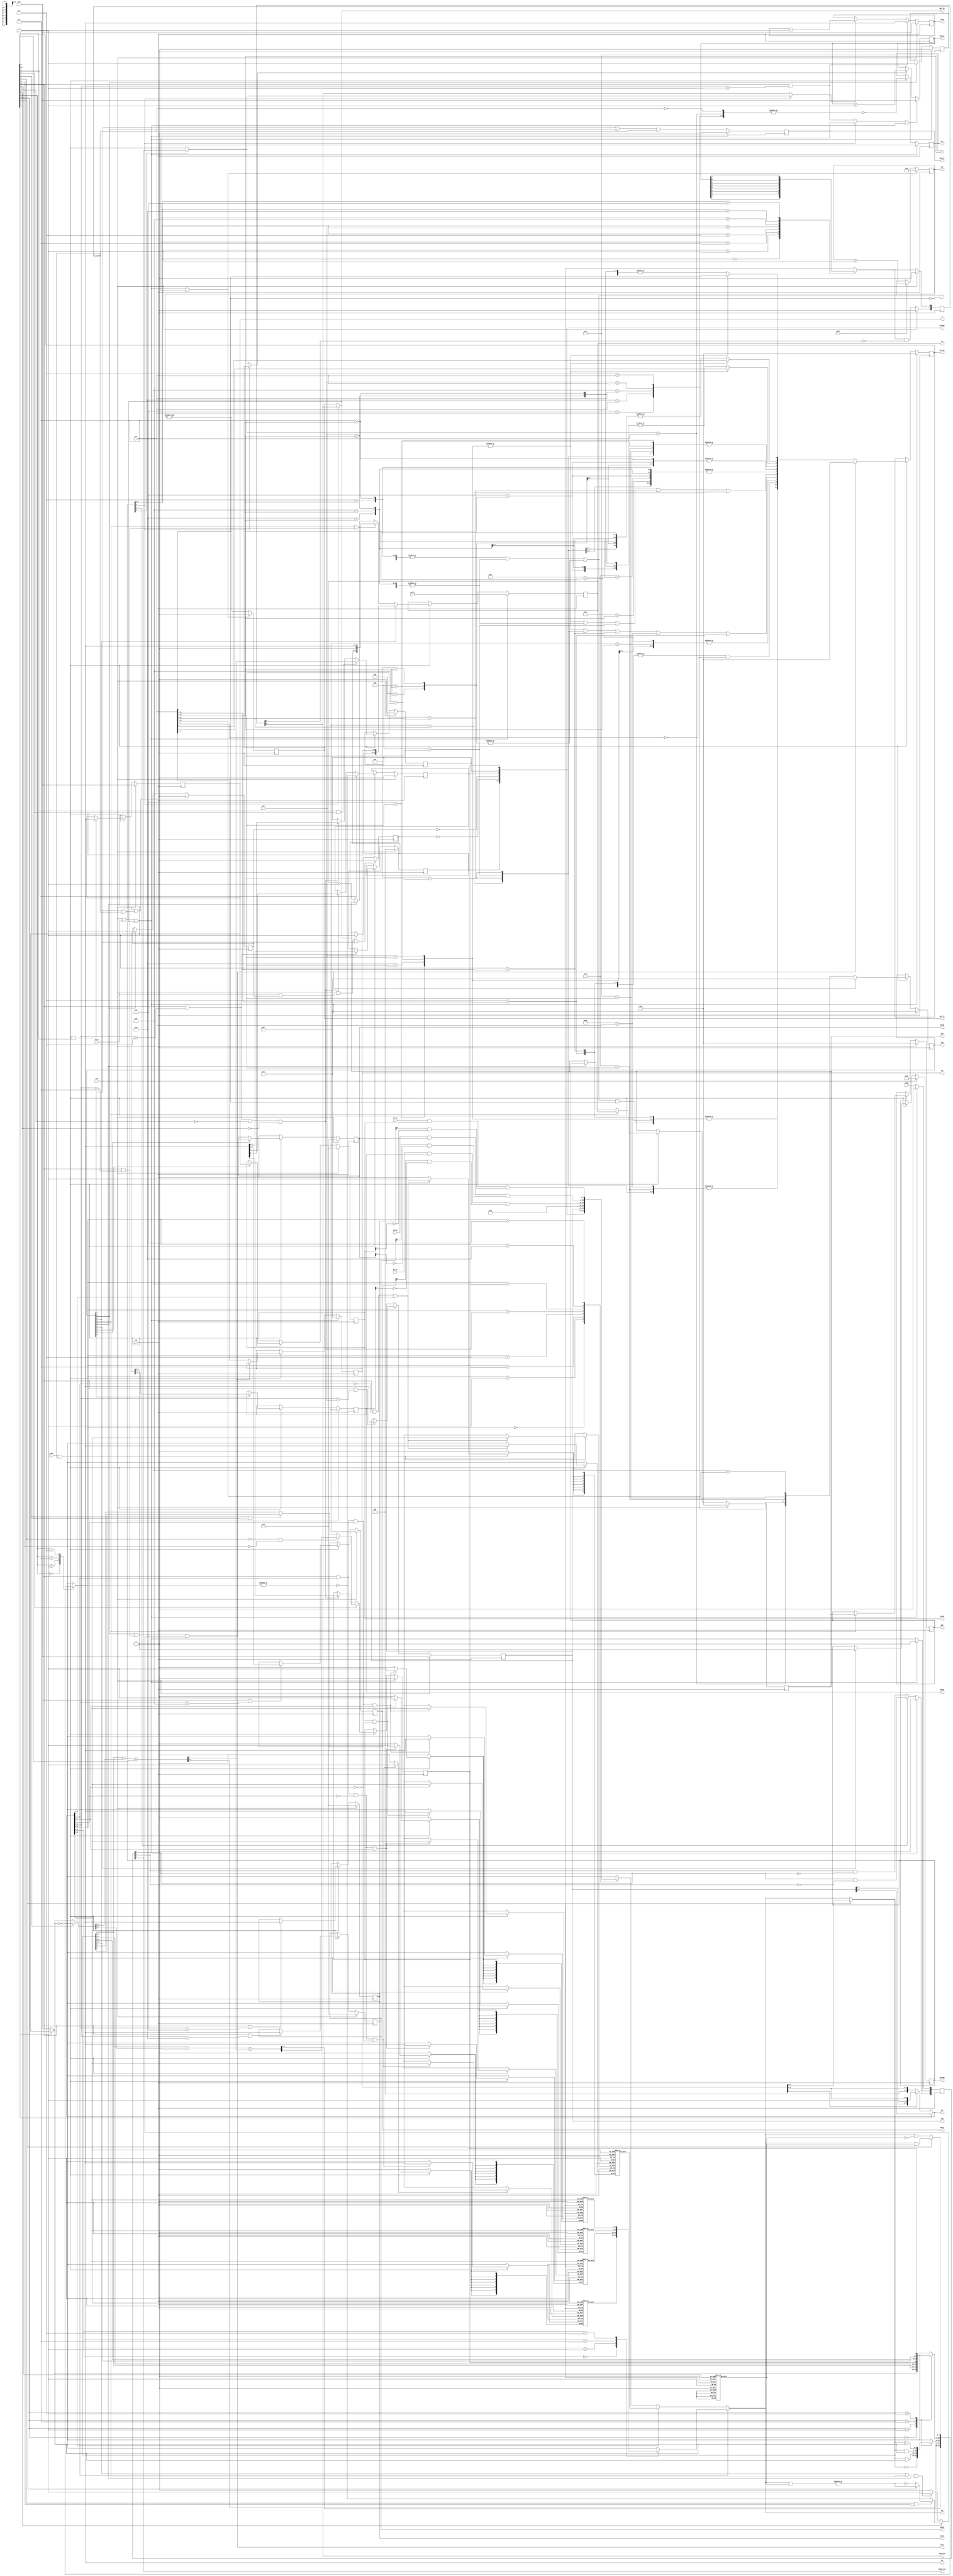
////////////////////////////////////////////////////////////////////////////////
//
//  Copyright 2008-2013 by Michael A. Morris, dba M. A. Morris & Associates
//
//  All rights reserved. The source code contained herein is publicly released
//  under the terms and conditions of the GNU Lesser Public License. No part of
//  this source code may be reproduced or transmitted in any form or by any
//  means, electronic or mechanical, including photocopying, recording, or any
//  information storage and retrieval system in violation of the license under
//  which the source code is released.
//
//  The source code contained herein is free; it may be redistributed and/or
//  modified in accordance with the terms of the GNU Lesser General Public
//  License as published by the Free Software Foundation; either version 2.1 of
//  the GNU Lesser General Public License, or any later version.
//
//  The source code contained herein is freely released WITHOUT ANY WARRANTY;
//  without even the implied warranty of MERCHANTABILITY or FITNESS FOR A
//  PARTICULAR PURPOSE. (Refer to the GNU Lesser General Public License for
//  more details.)
//
//  A copy of the GNU Lesser General Public License should have been received
//  along with the source code contained herein; if not, a copy can be obtained
//  by writing to:
//
//  Free Software Foundation, Inc.
//  51 Franklin Street, Fifth Floor
//  Boston, MA  02110-1301 USA
//
//  Further, no use of this source code is permitted in any form or means
//  without inclusion of this banner prominently in any derived works.
//
//  Michael A. Morris
//  Huntsville, AL
//
////////////////////////////////////////////////////////////////////////////////

`timescale 1ns / 1ps

////////////////////////////////////////////////////////////////////////////////
// Company:         M. A. Morris & Associates
//
// Design Name:     PIC16C5x
// Module Name:     C:/ISEProjects/ISE10.1i/P16C5x/PIC16C5x_Top.v
// Project Name:    PIC16C5x
// Target Devices:  N/A
// Tool versions:   ISEWebPACK 10.1i SP3
//
// Description: Module implements a pipelined PIC16C5x processor. The processor
//              implements all PIC16C5x instructions and the normal peripherals
//
//
// Dependencies:    None
//
// Revision:
//
//  0.00    08A13   MAM     File Created
//
//  0.01    08B14   MAM     Initial Completion. Fully Built
//
//  0.02    08B17   MAM     Moved Skip logic to system level and included the
//                          GOTO, CALL, and RETLW instructions in the skip
//                          logic equations. Inserted change to decoded ALU_Op
//                          that routes the KI register through the ALU with a
//                          NOP configuration so that the PCL writes and CALL
//                          correctly load the PC.
//
//  0.03    08B24   MAM     Modified Input Port List: CE => ClkEn. Modification
//                          made in order to implement the SLEEP instruction.
//                          SLEEP sets the PD bit in STATUS, and stops the
//                          execution of processor. Only an external reset or
//                          a Watchdog Timer Timeout will restart execution of
//                          the processor through the reset vector location.
//
//  0.04    08B27   MAM     Modified the SKIP signal to include the SLEEP in-
//                          struction. Modified the PD and TO FFs to accept
//                          WE_WDTCLR as the reset signal. This moves up the
//                          clearing of the TO and PD FFs by one clock cyle,
//                          which means that the CLRWDT; BTFSx STATUS,{TO | PD}
//                          instruction sequence will execute correctly. Before
//                          this change, that instruction sequence would not
//                          detect the change in either of these two FFs be-
//                          cause the synchronous reset action was not being
//                          effected before the test during the execution phase
//                          of the BTFSx instruction.
//
//  0.05    08B28   MAM     Added multiplexer to STATUS bits, Z, DC, and C, so
//                          file register write instructions that don't modify
//                          these bits (Table 10-2: Instruction Set Summary)
//                          will write the File Register bus into these bits.
//                          The DECFSZ and INCFSZ instructions are excluded in
//                          this list; theyshould never be directed to use
//                          STATUS since it might result in a non-terminating
//                          loop. To include these two instructions, remove
//                          ALU_Op[8], Test, from the write enable equation.
//
//  0.06    08B28   MAM     Added load function to TMR0.
//
//  0.99    08B28   MAM     Reset WDT_Size parameter to 20 bits. Need to reduce
//                          size to reasonable value for simulation.
//
//  1.00    08B28   MAM     Initial Release
//
//  1.01    08B29   MAM     Added WE_PCL to Skip in order to implement the com-
//                          puted GOTO functionality which occurs when File
//                          register writes occur to the PCL Special Function
//                          Register address. The change in the execution
//                          sequence which occurs requires that the instruction
//                          pipeline be flushed while the new destination
//                          is being fetched and decoded.
//
//  1.02    13B10   MAM     Converted to Verilog-2001
//
//  1.10    13G20   MAM     Corrected error in BTFSC/BTFSS not detected by the
//                          test bench. Skip logic qualifier for bit test signal
//                          using wrong two bits of ALU_Op[1:0] instead of
//                          ALU_Op[7:6]. Correction made. Additional tests not
//                          added to testbench at this time.
//
// Additional Comments:
//
////////////////////////////////////////////////////////////////////////////////

module m80486DX2 #(
    parameter WDT_Size = 20     // Use 20 for synthesis, Use 10 for Simulation
)(
    input   POR,                // In  - System Power-On Reset

    input   Clk,                // In  - System Clock
    input   ClkEn,              // In  - Processor Clock Enable

    output  reg [11:0] PC,      // Out - Program Counter
    input   [11:0] IR,          // In  - Instruction Register

    output  reg [3:0] TRISA,    // Out - Port A Tri-state Control Register
    output  reg [3:0] PORTA,    // Out - Port A Data Register
    input   [3:0] PA_DI,        // In  - Port A Input Pins

    output  reg [7:0] TRISB,    // Out - Port B Tri-state Control Register
    output  reg [7:0] PORTB,    // Out - Port B Data Register
    input   [7:0] PB_DI,        // In  - Port B Input Pins

    output  reg [7:0] TRISC,    // Out - Port C Tri-state Control Register
    output  reg [7:0] PORTC,    // Out - Port C Data Register
    input   [7:0] PC_DI,        // In  - Port C Input Pins

    input   MCLR,               // In  - Master Clear Input
    input   T0CKI,              // In  - Timer 0 Clock Input

    input   WDTE,               // In  - Watchdog Timer Enable
//
//  Debug Outputs
//
    output  reg Err,            // Out - Instruction Decode Error Output

    output  reg [5:0] OPTION,   // Out - Processor Configuration Register Output

    output  reg [ 8:0] dIR,     // Out - Pipeline Register (Non-ALU Instruct.)
    output  reg [11:0] ALU_Op,  // Out - Pipeline Register (ALU Instructions)
    output  reg [ 8:0] KI,      // Out - Pipeline Register (Literal)
    output  reg Skip,           // Out - Skip Next Instruction

    output  reg [11:0] TOS,     // Out - Top-Of-Stack Register Output
    output  reg [11:0] NOS,     // Out - Next-On-Stack Register Output

    output  reg [7:0] W,        // Out - Working Register Output

    output  [6:0] FA,           // Out - File Address Output
    output  reg [7:0] DO,       // Out - File Data Input/ALU Data Output
    output  [7:0] DI,           // Out - File Data Output/ALU Data Input

    output  reg [7:0] TMR0,     // Out - Timer 0 Timer/Counter Output
    output  reg [7:0] FSR,      // Out - File Select Register Output
    output  [7:0] STATUS,       // Out - Processor Status Register Output

    output  T0CKI_Pls,          // Out - Timer 0 Clock Edge Pulse Output

    output  reg WDTClr,         // Out - Watchdog Timer Clear Output
    output  reg [WDT_Size-1:0] WDT, // Out - Watchdog Timer
    output  reg WDT_TC,
    output  WDT_TO,             // Out - Watchdog Timer Timeout Output

    output  reg [7:0] PSCntr,   // Out - Prescaler Counter Output
    output  PSC_Pls             // Out - Prescaler Count Pulse Output
);

////////////////////////////////////////////////////////////////////////////////
//
//  Local Parameter Declarations
//
//  Unused Opcodes - PIC16C5x Family
//
//localparam OP_RSVD01 = 12'b0000_0000_0001;   // Reserved - Unused Opcode
//
//localparam OP_RSVD08 = 12'b0000_0000_1000;   // Reserved - Unused Opcode
//localparam OP_RSVD09 = 12'b0000_0000_1001;   // Reserved - Unused Opcode
//localparam OP_RSVD10 = 12'b0000_0000_1010;   // Reserved - Unused Opcode
//localparam OP_RSVD11 = 12'b0000_0000_1011;   // Reserved - Unused Opcode
//localparam OP_RSVD12 = 12'b0000_0000_1100;   // Reserved - Unused Opcode
//localparam OP_RSVD13 = 12'b0000_0000_1101;   // Reserved - Unused Opcode
//localparam OP_RSVD14 = 12'b0000_0000_1110;   // Reserved - Unused Opcode
//localparam OP_RSVD15 = 12'b0000_0000_1111;   // Reserved - Unused Opcode
//localparam OP_RSVD16 = 12'b0000_0001_0000;   // Reserved - Unused Opcode
//localparam OP_RSVD17 = 12'b0000_0001_0001;   // Reserved - Unused Opcode
//localparam OP_RSVD18 = 12'b0000_0001_0010;   // Reserved - Unused Opcode
//localparam OP_RSVD19 = 12'b0000_0001_0011;   // Reserved - Unused Opcode
//localparam OP_RSVD20 = 12'b0000_0001_0100;   // Reserved - Unused Opcode
//localparam OP_RSVD21 = 12'b0000_0001_0101;   // Reserved - Unused Opcode
//localparam OP_RSVD22 = 12'b0000_0001_0110;   // Reserved - Unused Opcode
//localparam OP_RSVD23 = 12'b0000_0001_0111;   // Reserved - Unused Opcode
//localparam OP_RSVD24 = 12'b0000_0001_1000;   // Reserved - Unused Opcode
//localparam OP_RSVD25 = 12'b0000_0001_1001;   // Reserved - Unused Opcode
//localparam OP_RSVD26 = 12'b0000_0001_1010;   // Reserved - Unused Opcode
//localparam OP_RSVD27 = 12'b0000_0001_1011;   // Reserved - Unused Opcode
//localparam OP_RSVD28 = 12'b0000_0001_1100;   // Reserved - Unused Opcode
//localparam OP_RSVD29 = 12'b0000_0001_1101;   // Reserved - Unused Opcode
//localparam OP_RSVD30 = 12'b0000_0001_1110;   // Reserved - Unused Opcode
//localparam OP_RSVD31 = 12'b0000_0001_1111;   // Reserved - Unused Opcode
//
//localparam OP_RSVD65 = 12'b0000_0100_0001;   // Reserved - Unused Opcode
//localparam OP_RSVD66 = 12'b0000_0100_0010;   // Reserved - Unused Opcode
//localparam OP_RSVD67 = 12'b0000_0100_0011;   // Reserved - Unused Opcode
//localparam OP_RSVD68 = 12'b0000_0100_0100;   // Reserved - Unused Opcode
//localparam OP_RSVD69 = 12'b0000_0100_0101;   // Reserved - Unused Opcode
//localparam OP_RSVD70 = 12'b0000_0100_0110;   // Reserved - Unused Opcode
//localparam OP_RSVD71 = 12'b0000_0100_0111;   // Reserved - Unused Opcode
//localparam OP_RSVD72 = 12'b0000_0100_1000;   // Reserved - Unused Opcode
//localparam OP_RSVD73 = 12'b0000_0100_1001;   // Reserved - Unused Opcode
//localparam OP_RSVD74 = 12'b0000_0100_1010;   // Reserved - Unused Opcode
//localparam OP_RSVD75 = 12'b0000_0100_1011;   // Reserved - Unused Opcode
//localparam OP_RSVD76 = 12'b0000_0100_1100;   // Reserved - Unused Opcode
//localparam OP_RSVD77 = 12'b0000_0100_1101;   // Reserved - Unused Opcode
//localparam OP_RSVD78 = 12'b0000_0100_1110;   // Reserved - Unused Opcode
//localparam OP_RSVD79 = 12'b0000_0100_1111;   // Reserved - Unused Opcode
//localparam OP_RSVD80 = 12'b0000_0101_0000;   // Reserved - Unused Opcode
//localparam OP_RSVD81 = 12'b0000_0101_0001;   // Reserved - Unused Opcode
//localparam OP_RSVD82 = 12'b0000_0101_0010;   // Reserved - Unused Opcode
//localparam OP_RSVD83 = 12'b0000_0101_0011;   // Reserved - Unused Opcode
//localparam OP_RSVD84 = 12'b0000_0101_0100;   // Reserved - Unused Opcode
//localparam OP_RSVD85 = 12'b0000_0101_0101;   // Reserved - Unused Opcode
//localparam OP_RSVD86 = 12'b0000_0101_0110;   // Reserved - Unused Opcode
//localparam OP_RSVD87 = 12'b0000_0101_0111;   // Reserved - Unused Opcode
//localparam OP_RSVD88 = 12'b0000_0101_1000;   // Reserved - Unused Opcode
//localparam OP_RSVD89 = 12'b0000_0101_1001;   // Reserved - Unused Opcode
//localparam OP_RSVD90 = 12'b0000_0101_1010;   // Reserved - Unused Opcode
//localparam OP_RSVD91 = 12'b0000_0101_1011;   // Reserved - Unused Opcode
//localparam OP_RSVD92 = 12'b0000_0101_1100;   // Reserved - Unused Opcode
//localparam OP_RSVD93 = 12'b0000_0101_1101;   // Reserved - Unused Opcode
//localparam OP_RSVD94 = 12'b0000_0101_1110;   // Reserved - Unused Opcode
//localparam OP_RSVD95 = 12'b0000_0101_1111;   // Reserved - Unused Opcode
//
////////////////////////////////////////////////////////////////////////////////
//
//  PIC16C5x Family Opcodes

localparam OP_NOP    = 12'b0000_0000_0000;   // No Operation
localparam OP_OPTION = 12'b0000_0000_0010;   // Set Option Register
localparam OP_SLEEP  = 12'b0000_0000_0011;   // Set Sleep Register
localparam OP_CLRWDT = 12'b0000_0000_0100;   // Clear Watchdog Timer
localparam OP_TRISA  = 12'b0000_0000_0101;   // Set Port A Tristate Control Reg
localparam OP_TRISB  = 12'b0000_0000_0110;   // Set Port B Tristate Control Reg
localparam OP_TRISC  = 12'b0000_0000_0111;   // Set Port C Tristate Control Reg
localparam OP_MOVWF  =  7'b0000_001;         // F = W;
localparam OP_CLRW   = 12'b0000_0100_0000;   // W = 0; Z;
localparam OP_CLRF   =  7'b0000_011; // F = 0; Z;
localparam OP_SUBWF  =  6'b0000_10;  // D ? F = F - W : W = F - W; Z, C, DC;
localparam OP_DECF   =  6'b0000_11;  // D ? F = F - 1 : W = F - 1; Z;
//
localparam OP_IORWF  =  6'b0001_00;  // D ? F = F | W : W = F | W; Z;
localparam OP_ANDWF  =  6'b0001_01;  // D ? F = F & W : W = F & W; Z;
localparam OP_XORWF  =  6'b0001_10;  // D ? F = F ^ W : W = F ^ W; Z;
localparam OP_ADDWF  =  6'b0001_11;  // D ? F = F + W : W = F + W; Z, C, DC;
//
localparam OP_MOVF   =  6'b0010_00;  // D ? F = F     : W = F    ; Z;
localparam OP_COMF   =  6'b0010_01;  // D ? F = ~F    : W = ~F   ; Z;
localparam OP_INCF   =  6'b0010_10;  // D ? F = F + 1 : W = F + 1; Z;
localparam OP_DECFSZ =  6'b0010_11;  // D ? F = F - 1 : W = F - 1; skip if Z;
//
localparam OP_RRF    =  6'b0011_00;  // D ? F = {C,F[7:1]} : W={C,F[7:1]};C=F[0]
localparam OP_RLF    =  6'b0011_01;  // D ? F = {F[6:0],C} : W={F[6:0],C};C=F[7]
localparam OP_SWAPF  =  6'b0011_10;  // D ? F = t : W = t; t = {F[3:0], F[7:4]}
localparam OP_INCFSZ =  6'b0011_11;  // D ? F = F - 1 : W = F - 1; skip if Z;
//
localparam OP_BCF    =  4'b0100;     // F = F & ~(1 << bit);
localparam OP_BSF    =  4'b0101;     // F = F |  (1 << bit);
localparam OP_BTFSC  =  4'b0110;     // skip if F[bit] == 0;
localparam OP_BTFSS  =  4'b0111;     // skip if F[bit] == 1;
localparam OP_RETLW  =  4'b1000;     // W = L; Pop(PC = TOS);
localparam OP_CALL   =  4'b1001;     // Push(TOS=PC+1); PC={PA[2:0],0,L[7:0]};
localparam OP_GOTO   =  3'b101;      // PC = {PA[2:0], L[8:0]};
localparam OP_MOVLW  =  4'b1100;     // W = L[7:0];
localparam OP_IORLW  =  4'b1101;     // W = L[7:0] | W; Z;
localparam OP_ANDLW  =  4'b1110;     // W = L[7:0] & W; Z;
localparam OP_XORLW  =  4'b1111;     // W = L[7:0] ^ W; Z;

//  Special Function Register Addresses

localparam pINDF   = 5'b0_0000;
localparam pTMR0   = 5'b0_0001;
localparam pPCL    = 5'b0_0010;
localparam pSTATUS = 5'b0_0011;
localparam pFSR    = 5'b0_0100;
localparam pPORTA  = 5'b0_0101;
localparam pPORTB  = 5'b0_0110;
localparam pPORTC  = 5'b0_0111;

//
////////////////////////////////////////////////////////////////////////////////
//
//  Module Level Declarations
//

wire    Rst;                // Logical OR of POR, MClr and WDT_TO

wire    CE;                 // Internal Clock Enable: CE <= ClkEn & ~PD;

reg     [2:0] PA;           // PC Load Register PC[11:9] = PA[2:0]
reg     [7:0] SFR;          // Special Function Registers Data Output
reg     [7:0] XDO;          // Bank Switched RAM Block Data Output

wire    Rst_TO;             // Rst TO FF signal
reg     TO;                 // Time Out FF (STATUS Register)
wire    Rst_PD, Set_PD;     // Rst/Set PD FF signal
reg     PD;                 // Power Down FF (STATUS Register)
reg     PwrDn;              // Power Down FF

wire    [3:0] Addrs;        // RAM Address: FA[3:0]
reg     [7:0] RAMA[15:0];   // RAM Block 1 - 0x08 - 0x0F
reg     [7:0] RAMB[15:0];   // RAM Block 2 = 0x10 - 0x1F, FSR[6:5] = 2'b00
reg     [7:0] RAMC[15:0];   // RAM Block 2 = 0x10 - 0x1F, FSR[6:5] = 2'b01
reg     [7:0] RAMD[15:0];   // RAM Block 2 = 0x10 - 0x1F, FSR[6:5] = 2'b10
reg     [7:0] RAME[15:0];   // RAM Block 2 = 0x10 - 0x1F, FSR[6:5] = 2'b11

wire    T0CS;               // Timer 0 Clock Source Select
wire    T0SE;               // Timer 0 Source Edge
wire    PSA;                // Prescaler Assignment
wire    [2:0] PS;           // Prescaler Counter Output Bit Select

reg     [2:0] dT0CKI;       // Ext T0CKI Synchronized RE/RE FF chain
reg     PSC_Out;            // Synchronous Prescaler TC register
reg     [1:0] dPSC_Out;     // Rising Edge Detector for Prescaler output

wire    GOTO, CALL, RETLW;  // Signals for Decoded Instruction Register
wire    WE_SLEEP, WE_WDTCLR;
wire    WE_TRISA, WE_TRISB, WE_TRISC;
wire    WE_OPTION;

wire    WE_TMR0;            // Write Enable Signals Decoded from FA[4:0]
wire    WE_PCL;
wire    WE_STATUS;
wire    WE_FSR;
wire    WE_PORTA;
wire    WE_PORTB;
wire    WE_PORTC;

wire    WE_PSW;             // Write Enable for STATUS[2:0]: {Z, DC, C}

////////////////////////////////////////////////////////////////////////////////
//
//  Instruction Decoder Declarations
//

wire    dNOP, dOPTION, dSLEEP, dCLRWDT, dTRISA, dTRISB, dTRISC;
wire    dMOVWF, dCLRW, dCLRF, dSUBWF, dDECF;
wire    dIORWF, dANDWF, dXORWF, dADDWF;
wire    dMOVF, dCOMF, dINCF, dDECFSZ;
wire    dRRF, dRLF, dSWAPF, dINCFSZ;
wire    dBCF, dBSF, dBTFSC, dBTFSS;
wire    dRETLW, dCALL, dGOTO;
wire    dMOVLW, dIORLW, dANDLW, dXORLW;
wire    dErr;

wire    dAU_Op, dLU_Op, dSU_Op, dLW_Op, dBP_Op;
wire    dFile_En, dTst, dINDF, dWE_W, dWE_F;
wire    [11:0] dALU_Op;

////////////////////////////////////////////////////////////////////////////////
//
//  ALU Declarations
//

wire    [7:0] A, B;     // ALU Data Input Bus inputs:
                        //  A - external data: {DI | KI}
                        //  B - {W, ~W, 0x00, 0xFF}

reg     C, DC, Z;       // ALU Status Outputs

wire    A_Sel, B_Sel, B_Inv, C_In;
wire    [7:0] Y;
wire    [7:0] X;
wire    C_Out, C_Drv, DC_In;

wire    [1:0] LU_Op;
reg     [7:0] V;

wire    [2:0] Bit;
reg     [7:0] Msk;
wire    Set, Tst;
wire    [7:0] U, T;
wire    g;

wire    [1:0] S_Sel;
wire    S_Dir;
reg     [7:0] S;

wire    [1:0] D_Sel;

wire    C_Sel, DC_Sel, Z_Sel, Z_Tst;

wire    INDF, WE_W, WE_F;

//
////////////////////////////////////////////////////////////////////////////////
////////////////////////////////////////////////////////////////////////////////
//
//  Top Level Implementation
//

assign  Rst = POR | MCLR | WDT_TO;  // Internal Processor Reset
assign  CE  = ClkEn & ~PwrDn;       // Internal Clock Enable, refer to comments

//
////////////////////////////////////////////////////////////////////////////////
////////////////////////////////////////////////////////////////////////////////
//
//  Instruction Decoder Implementation
//

assign dNOP    = (OP_NOP    == IR[11:0]);
assign dOPTION = (OP_OPTION == IR[11:0]);
assign dSLEEP  = (OP_SLEEP  == IR[11:0]);
assign dCLRWDT = (OP_CLRWDT == IR[11:0]);
assign dTRISA  = (OP_TRISA  == IR[11:0]);
assign dTRISB  = (OP_TRISB  == IR[11:0]);
assign dTRISC  = (OP_TRISC  == IR[11:0]);
assign dMOVWF  = (OP_MOVWF  == IR[11:5]);
assign dCLRW   = (OP_CLRW   == IR[11:0]);
assign dCLRF   = (OP_CLRF   == IR[11:5]);
assign dSUBWF  = (OP_SUBWF  == IR[11:6]);
assign dDECF   = (OP_DECF   == IR[11:6]);
assign dIORWF  = (OP_IORWF  == IR[11:6]);
assign dANDWF  = (OP_ANDWF  == IR[11:6]);
assign dXORWF  = (OP_XORWF  == IR[11:6]);
assign dADDWF  = (OP_ADDWF  == IR[11:6]);
assign dMOVF   = (OP_MOVF   == IR[11:6]);
assign dCOMF   = (OP_COMF   == IR[11:6]);
assign dINCF   = (OP_INCF   == IR[11:6]);
assign dDECFSZ = (OP_DECFSZ == IR[11:6]);
assign dRRF    = (OP_RRF    == IR[11:6]);
assign dRLF    = (OP_RLF    == IR[11:6]);
assign dSWAPF  = (OP_SWAPF  == IR[11:6]);
assign dINCFSZ = (OP_INCFSZ == IR[11:6]);
assign dBCF    = (OP_BCF    == IR[11:8]);
assign dBSF    = (OP_BSF    == IR[11:8]);
assign dBTFSC  = (OP_BTFSC  == IR[11:8]);
assign dBTFSS  = (OP_BTFSS  == IR[11:8]);
assign dRETLW  = (OP_RETLW  == IR[11:8]);
assign dCALL   = (OP_CALL   == IR[11:8]);
assign dGOTO   = (OP_GOTO   == IR[11:9]);
assign dMOVLW  = (OP_MOVLW  == IR[11:8]);
assign dIORLW  = (OP_IORLW  == IR[11:8]);
assign dANDLW  = (OP_ANDLW  == IR[11:8]);
assign dXORLW  = (OP_XORLW  == IR[11:8]);

assign dErr    = ~|{dNOP,   dOPTION, dSLEEP, dCLRWDT, dTRISA, dTRISB, dTRISC,
                    dMOVWF, dCLRW,   dCLRF,  dSUBWF,  dDECF,
                    dIORWF, dANDWF,  dXORWF, dADDWF,
                    dMOVF,  dCOMF,   dINCF,  dDECFSZ,
                    dRRF,   dRLF,    dSWAPF, dINCFSZ,
                    dBCF,   dBSF,    dBTFSC, dBTFSS,
                    dRETLW, dCALL,   dGOTO,  dMOVLW,  dIORLW, dANDLW, dXORLW};

//  ALU Operation Decode

assign dAU_Op   = |{dSUBWF, dDECF, dADDWF, dMOVF, dINCF, dDECFSZ, dINCFSZ};
assign dLU_Op   = |{dCOMF, dIORWF, dANDWF, dXORWF};
assign dSU_Op   = |{dRRF, dRLF, dSWAPF};
assign dBP_Op   = |{dBCF, dBSF, dBTFSC, dBTFSS};
assign dLW_Op   = |{dCLRW,  dRETLW, dMOVLW, dIORLW, dANDLW, dXORLW};
assign dFile_En = |{dMOVWF, dCLRF,  dAU_Op, dLU_Op, dSU_Op, dBP_Op};
assign dINDF    = dFile_En & (IR[4:0] == pINDF);

assign dTst  = |{dDECFSZ, dINCFSZ, dBTFSC, dBTFSS};
assign dWE_F = |{dBP_Op, ((dAU_Op | dLU_Op | dSU_Op) &  IR[5]), dMOVWF, dCLRF};
assign dWE_W = |{dLW_Op, ((dAU_Op | dLU_Op | dSU_Op) & ~IR[5])};


assign dALU_Op[ 0] = (dBP_Op ? IR[5] : |{dSUBWF, dINCF, dINCFSZ,
                                         dIORLW, dXORLW,
                                         dIORWF, dXORWF,
                                         dRLF,   dSWAPF});
assign dALU_Op[ 1] = (dBP_Op ? IR[6] : |{dSUBWF, dDECF,  dDECFSZ,
                                         dANDWF, dXORWF, dANDLW,  dXORLW,
                                         dRRF,   dRLF});
assign dALU_Op[ 2] = (dBP_Op ? IR[7] : |{dSUBWF, dADDWF, dMOVWF,
                                         dIORWF, dANDWF, dXORWF,
                                         dIORLW, dANDLW, dXORLW});
assign dALU_Op[ 3] = |{dBSF, dBTFSS,   dCALL,  dRETLW,
                       dMOVLW, dIORLW, dANDLW, dXORLW};
assign dALU_Op[ 4] = |{dSUBWF, dADDWF, dRRF, dRLF};
assign dALU_Op[ 5] = |{dSUBWF, dDECF,  dADDWF, dINCF,  dMOVF,
                       dIORWF, dANDWF, dXORWF, dIORLW, dANDLW, dXORLW};
assign dALU_Op[ 6] = dBP_Op | dLU_Op | dIORLW | dANDLW | dXORLW;
assign dALU_Op[ 7] = dBP_Op | dSU_Op | dMOVWF | dCLRW  | dCLRF;
assign dALU_Op[ 8] = dTst;
assign dALU_Op[ 9] = dINDF;
assign dALU_Op[10] = dWE_W;
assign dALU_Op[11] = dWE_F;

//  Decoded Instruction Register

always @(posedge Clk)
begin
    if(Rst)
        dIR <= #1 9'b0_0000_0000;
    else if(CE)
        dIR <= #1 (Skip ? 9'b0_0000_0000
                        : {dOPTION,
                           dTRISC,  dTRISB, dTRISA,
                           dCLRWDT, dSLEEP,
                           dRETLW,  dCALL,  dGOTO});
end

//  ALU Operation Pipeline Register

always @(posedge Clk)
begin
    if(Rst)
        ALU_Op <= #1 12'b0;
    else if(CE)
        ALU_Op <= #1 (Skip ? 12'b0 : dALU_Op);
end

//  Literal Operand Pipeline Register

always @(posedge Clk)
begin
    if(Rst)
        KI <= #1 9'b0;
    else if(CE)
        KI <= #1 (Skip ? KI : IR[8:0]);
end

//  Unimplemented Instruction Error Register

always @(posedge Clk)
begin
    if(Rst)
        Err <= #1 0;
    else if(CE)
        Err <= #1 dErr;
end

////////////////////////////////////////////////////////////////////////////////
////////////////////////////////////////////////////////////////////////////////
//
//  ALU Implementation - ALU[3:0] are overloaded for the four ALU elements:
//                          Arithmetic Unit, Logic Unit, Shift Unit, and Bit
//                          Processor.
//
//  ALU Operations - Arithmetic, Logic, and Shift Units
//
//  ALU_Op[1:0] = ALU Unit Operation Code
//
//      Arithmetic Unit (AU): 00 => Y = A +  B;
//                            01 => Y = A +  B + 1;
//                            10 => Y = A + ~B     = A - B - 1;
//                            11 => Y = A + ~B + 1 = A - B;
//
//      Logic Unit (LU):      00 => V = ~A;
//                            01 => V =  A & B;
//                            10 => V =  A | B;
//                            11 => V =  A ^ B;
//
//      Shift Unit (SU):      00 => S = W;                // MOVWF
//                            01 => S = {A[3:0], A[7:4]}; // SWAPF
//                            10 => S = {C, A[7:1]};      // RRF
//                            11 => S = {A[6:0], C};      // RLF
//
//  ALU_Op[3:2] = ALU Operand:
//                  A      B
//          00 =>  File    0
//          01 =>  File    W
//          10 => Literal  0
//          11 => Literal  W;
//
//  ALU Operations - Bit Processor (BP)
//
//  ALU_Op[2:0] = Bit Select: 000 => Bit 0;
//                            001 => Bit 1;
//                            010 => Bit 2;
//                            011 => Bit 3;
//                            100 => Bit 4;
//                            101 => Bit 5;
//                            110 => Bit 6;
//                            111 => Bit 7;
//
//  ALU_Op[3] = Set: 0 - Clr Selected Bit;
//                   1 - Set Selected Bit;
//
//  ALU_Op[5:4] = Status Flag Update Select
//
//          00 => None
//          01 => C
//          10 => Z
//          11 => Z,DC,C
//
//  ALU_Op[7:6] = ALU Output Data Multiplexer
//
//          00 => AU
//          01 => LU
//          10 => SU
//          11 => BP
//
//  ALU_Op[8]  = Tst: 0 - Normal Operation
//                    1 - Test: INCFSZ/DECFSZ/BTFSC/BTFSS
//
//  ALU_Op[9]  = Indirect Register, INDF, Selected
//
//  ALU_Op[10] = Write Enable Working Register (W)
//
//  ALU_Op[11] = Write Enable File {RAM | Special Function Registers}
//

assign C_In  = ALU_Op[0];  // Adder Carry input
assign B_Inv = ALU_Op[1];  // B Bus input invert
assign B_Sel = ALU_Op[2];  // B Bus select
assign A_Sel = ALU_Op[3];  // A Bus select

//  AU Input Bus Multiplexers

assign A = A_Sel ? KI : DI;
assign B = B_Sel ?  W : 0;
assign Y = B_Inv ? ~B : B;

//  AU Adder

assign {DC_In, X[3:0]} = A[3:0] + Y[3:0] + C_In;
assign {C_Out, X[7:4]} = A[7:4] + Y[7:4] + DC_In;

//  Logic Unit (LU)

assign LU_Op = ALU_Op[1:0];

always @(*)
begin
    case (LU_Op)
        2'b00 : V <= ~A;
        2'b01 : V <=  A | B;
        2'b10 : V <=  A & B;
        2'b11 : V <=  A ^ B;
    endcase
end

//  Shifter and W Multiplexer

assign S_Sel = ALU_Op[1:0];

always @(*)
begin
    case (S_Sel)
        2'b00 : S <= B;                  // Pass Working Register (MOVWF)
        2'b01 : S <= {A[3:0], A[7:4]};   // Swap Nibbles (SWAPF)
        2'b10 : S <= {C, A[7:1]};        // Shift Right (RRF)
        2'b11 : S <= {A[6:0], C};        // Shift Left (RLF)
    endcase
end

//  Bit Processor

assign Bit = ALU_Op[2:0];
assign Set = ALU_Op[3];
assign Tst = ALU_Op[8];

always @(*)
begin
    case(Bit)
        3'b000  : Msk <= 8'b0000_0001;
        3'b001  : Msk <= 8'b0000_0010;
        3'b010  : Msk <= 8'b0000_0100;
        3'b011  : Msk <= 8'b0000_1000;
        3'b100  : Msk <= 8'b0001_0000;
        3'b101  : Msk <= 8'b0010_0000;
        3'b110  : Msk <= 8'b0100_0000;
        3'b111  : Msk <= 8'b1000_0000;
    endcase
end

assign U = Set ? (DI | Msk) : (DI & ~Msk);

assign T = DI & Msk;
assign g = Tst ? (Set ? |T : ~|T) : 1'b0;

//  Output Data Mux

assign D_Sel = ALU_Op[7:6];

always @(*)
begin
    case (D_Sel)
        2'b00 : DO <= X;  // Arithmetic Unit Output
        2'b01 : DO <= V;  // Logic Unit Output
        2'b10 : DO <= S;  // Shifter Output
        2'b11 : DO <= U;  // Bit Processor Output
    endcase
end

//  Working Register

assign WE_W = CE & ALU_Op[10];

always @(posedge Clk)
begin
    if(POR)
        W <= #1 8'b0;
    else if(CE)
        W <= #1 (WE_W ? DO : W);
end

//  Z Register

assign Z_Sel = ALU_Op[5];
assign Z_Tst = ~|DO;

always @(posedge Clk)
begin
    if(POR)
        Z <= #1 1'b0;
    else if(CE)
        Z <= #1 (Z_Sel  ? Z_Tst : (WE_PSW ? DO[2] : Z));
end

//  Digit Carry (DC) Register

assign DC_Sel = ALU_Op[5] & ALU_Op[4];

always @(posedge Clk)
begin
    if(POR)
        DC <= #1 1'b0;
    else if(CE)
        DC <= #1 (DC_Sel ? DC_In : (WE_PSW ? DO[1] : DC));
end

//  Carry (C) Register

assign C_Sel = ALU_Op[4];
assign S_Dir = ALU_Op[1] & ALU_Op[0];
assign C_Drv = (~ALU_Op[7] & ~ALU_Op[6]) ? C_Out : (S_Dir ? A[7] : A[0]);

always @(posedge Clk)
begin
    if(POR)
        C <= #1 1'b0;
    else if(CE)
        C <= #1 (C_Sel  ? C_Drv : (WE_PSW ? DO[0] : C));
end

////////////////////////////////////////////////////////////////////////////////
////////////////////////////////////////////////////////////////////////////////
//
//  Microprocessor Core Implementation
//
//  Pipeline Instruction Register Assignments

assign GOTO      = dIR[0];
assign CALL      = dIR[1];
assign RETLW     = dIR[2];
assign WE_SLEEP  = dIR[3];
assign WE_WDTCLR = dIR[4];
assign WE_TRISA  = dIR[5];
assign WE_TRISB  = dIR[6];
assign WE_TRISC  = dIR[7];
assign WE_OPTION = dIR[8];

//  Skip Logic

always @(*)
begin
    Skip <= WE_SLEEP | WE_PCL
            | (Tst ? ((ALU_Op[7] & ALU_Op[6]) ? g    : Z_Tst)
                   : ((GOTO | CALL | RETLW)   ? 1'b1 : 1'b0 ));
end

//  File Register Address Multiplexer

assign INDF = ALU_Op[9];
assign FA   = (INDF ? FSR : (KI[4] ? {FSR[6:5], KI[4:0]} : {2'b0, KI[4:0]}));

//  File Register Write Enable

assign WE_F = ALU_Op[11];

//  Special Function Register Write Enables

assign WE_TMR0   = WE_F & (FA[4:0] == pTMR0);
assign WE_PCL    = WE_F & (FA[4:0] == pPCL);
assign WE_STATUS = WE_F & (FA[4:0] == pSTATUS);
assign WE_FSR    = WE_F & (FA[4:0] == pFSR);
assign WE_PORTA  = WE_F & (FA[4:0] == pPORTA);
assign WE_PORTB  = WE_F & (FA[4:0] == pPORTB);
assign WE_PORTC  = WE_F & (FA[4:0] == pPORTC);

//  Assign Write Enable for STATUS register Processor Status Word (PSW) bits
//      Allow write to the STATUS[2:0] bits, {Z, DC, C}, only for instructions
//      MOVWF, BCF, BSF, and SWAPF. Exclude instructions DECFSZ and INCFSZ.

assign WE_PSW = WE_STATUS & (ALU_Op[5:4] == 2'b00) & (ALU_Op[8] == 1'b0);

////////////////////////////////////////////////////////////////////////////////
//
// Program Counter Implementation
//
//  On CALL or MOVWF PCL (direct or indirect), load PCL from the ALU output
//  and the upper bits with {PA, 0}, i.e. PC[8] = 0.
//

assign Ld_PCL = CALL | WE_PCL;

always @(posedge Clk)
begin
    if(Rst)
        PC <= #1 12'hFFF;   // Set PC to Reset Vector on Rst or WDT Timeout
    else if(CE)
        PC <= #1 (GOTO ? {PA, KI}
                       : (Ld_PCL ? {PA, 1'b0, DO}
                                 : (RETLW ? TOS : PC + 1)));
end

//  Stack Implementation (2 Level Stack)

always @(posedge Clk)
begin
    if(POR)
        TOS <= #1 12'h000;  // Clr TOS on Rst or WDT Timeout
    else if(CE)
        TOS <= #1 (CALL ? PC : (RETLW ? NOS : TOS));
end

always @(posedge Clk)
begin
    if(POR)
        NOS <= #1 12'h000;  // Clr NOS on Rst or WDT Timeout
    else if(CE)
        NOS <= #1 (CALL ? TOS : NOS);
end

////////////////////////////////////////////////////////////////////////////////
//
//  Port Configuration and Option Registers

always @(posedge Clk)
begin
    if(POR) begin
        OPTION <= #1 8'b0011_1111;
        TRISA  <= #1 8'b1111_1111;
        TRISB  <= #1 8'b1111_1111;
        TRISC  <= #1 8'b1111_1111;
    end else if(CE) begin
        if(WE_OPTION) OPTION <= #1 W;
        if(WE_TRISA)  TRISA  <= #1 W;
        if(WE_TRISB)  TRISB  <= #1 W;
        if(WE_TRISC)  TRISC  <= #1 W;
    end
end

////////////////////////////////////////////////////////////////////////////////
//
//  CLRWDT Strobe Pulse Generator

always @(posedge Clk)
begin
    if(Rst)
        WDTClr <= #1 1'b0;
    else
        WDTClr <= #1 (WE_WDTCLR | WE_SLEEP) & ~PwrDn;
end

////////////////////////////////////////////////////////////////////////////////
//
//  TO (Time Out) STATUS Register Bit

assign Rst_TO = (POR | (MCLR & PD) | WE_WDTCLR);

always @(posedge Clk)
begin
    if(Rst_TO)
        TO <= #1 1'b0;
    else if(WDT_TO)
        TO <= #1 1'b1;
end

////////////////////////////////////////////////////////////////////////////////
//
//  PD (Power Down) STATUS Register Bit - Sleep Mode

assign Rst_PD = POR | (WE_WDTCLR & ~PwrDn);
assign Set_PD = WE_SLEEP;

always @(posedge Clk)
begin
    if(Rst_PD)
        PD <= #1 1'b0;
    else if(Set_PD)
        PD <= #1 1'b1;
end

//  PwrDn - Sleep Mode Control FF: Set by SLEEP instruction, cleared by Rst
//          Differs from PD in that it is not readable and does not maintain
//          its state through Reset. Gates CE to rest of the processor.

always @(posedge Clk)
begin
    if(Rst)
        PwrDn <= #1 1'b0;
    else if(WE_SLEEP)
        PwrDn <= #1 1'b1;
end

////////////////////////////////////////////////////////////////////////////////
//
//  File Register RAM

assign Addrs   = FA[3:0];
assign WE_RAMA = WE_F & ~FA[4] &  FA[3];
assign WE_RAMB = WE_F &  FA[4] & ~FA[6] & ~FA[5];
assign WE_RAMC = WE_F &  FA[4] & ~FA[6] &  FA[5];
assign WE_RAMD = WE_F &  FA[4] &  FA[6] & ~FA[5];
assign WE_RAME = WE_F &  FA[4] &  FA[6] &  FA[5];

always @(posedge Clk)
begin
    if(CE) begin
        if(WE_RAMA) RAMA[Addrs] <= #1 DO;
        if(WE_RAMB) RAMB[Addrs] <= #1 DO;
        if(WE_RAMC) RAMC[Addrs] <= #1 DO;
        if(WE_RAMD) RAMD[Addrs] <= #1 DO;
        if(WE_RAME) RAME[Addrs] <= #1 DO;
    end
end

always @(FA[6:5])
begin
    case(FA[6:5])
        2'b00 : XDO <= RAMB[Addrs];
        2'b01 : XDO <= RAMC[Addrs];
        2'b10 : XDO <= RAMD[Addrs];
        2'B11 : XDO <= RAME[Addrs];
    endcase
end

////////////////////////////////////////////////////////////////////////////////
//
// Special Function Registers

always @(posedge Clk)
begin
    if(POR) begin
        PA    <= #1 3'b0;
        FSR   <= #1 8'b0;
        PORTA <= #1 8'b1111_1111;
        PORTB <= #1 8'b1111_1111;
        PORTC <= #1 8'b1111_1111;
    end else if(CE) begin
        if(WE_STATUS) PA    <= #1 DO[7:5];
        if(WE_FSR)    FSR   <= #1 DO;
        if(WE_PORTA)  PORTA <= #1 DO;
        if(WE_PORTB)  PORTB <= #1 DO;
        if(WE_PORTC)  PORTC <= #1 DO;
    end
end

assign PA_DO = PORTA & ~TRISA;
assign PB_DO = PORTB & ~TRISB;
assign PC_DO = PORTC & ~TRISC;

//  Generate STATUS Register

assign STATUS = {PA, ~TO, ~PD, Z, DC, C};

//  Special Function Register (SFR) Multiplexers

always @(*)
begin
    case(FA[2:0])
        3'b000 :  SFR <= 8'b0;
        3'b001 :  SFR <= TMR0;
        3'b010 :  SFR <= PC[7:0];
        3'b011 :  SFR <= STATUS;
        3'b100 :  SFR <= FSR;
        3'b101 :  SFR <= {4'b0, ((PA_DI & TRISA) | PA_DO)};
        3'b110 :  SFR <= ((PB_DI & TRISB) | PB_DO);
        3'b111 :  SFR <= ((PC_DI & TRISC) | PC_DO);
    endcase
end

//  File Data Output Multiplexer

assign DI = (FA[4] ? XDO : (FA[3] ? RAMA[Addrs] : SFR));

////////////////////////////////////////////////////////////////////////////////
////////////////////////////////////////////////////////////////////////////////
//
//  Watchdog Timer and Timer0 Implementation- see Figure 8-6
//
//  OPTION Register Assignments

assign T0CS = OPTION[5];     // Timer0 Clock Source:   1 - T0CKI,  0 - Clk
assign T0SE = OPTION[4];     // Timer0 Source Edge:    1 - FE,     0 - RE
assign PSA  = OPTION[3];     // Pre-Scaler Assignment: 1 - WDT,    0 - Timer0
assign PS   = OPTION[2:0];   // Pre-Scaler Count: Timer0 - 2^(PS+1), WDT - 2^PS

// WDT - Watchdog Timer

assign WDT_Rst = Rst | WDTClr;

always @(posedge Clk)
begin
    if(WDT_Rst)
        WDT <= #1 0;
    else if (WDTE)
        WDT <= #1 WDT + 1;
end

//  WDT synchronous TC FF

always @(posedge Clk)
begin
    if(WDT_Rst)
        WDT_TC <= #1 0;
    else
        WDT_TC <= #1 &WDT;
end

// WDT Timeout multiplexer

assign WDT_TO = (PSA ? PSC_Pls : WDT_TC);

////////////////////////////////////////////////////////////////////////////////
//
//  T0CKI RE/FE Pulse Generator (on Input rather than after PSCntr)
//
//      Device implements an XOR on T0CKI and a clock multiplexer for the
//      Prescaler since it has two clock asynchronous clock sources: the WDT
//      or the external T0CKI (Timer0 Clock Input). Instead of this type of
//      gated clock ripple counter implementation of the Prescaler, a fully
//      synchronous implementation has been selected. Thus, the T0CKI must be
//      synchronized and the falling or rising edge detected as determined by
//      the T0CS bit in the OPTION register. Similarly, the WDT is implemented
//      using the processor clock, which means that the WDT TC pulse is in the
//      same clock domain as the rest of the logic.
//

always @(posedge Clk)
begin
    if(Rst)
        dT0CKI <= #1 3'b0;
    else begin
        dT0CKI[0] <= #1 T0CKI;                              // Synch FF #1
        dT0CKI[1] <= #1 dT0CKI[0];                          // Synch FF #2
        dT0CKI[2] <= #1 (T0SE ? (dT0CKI[1] & ~dT0CKI[0])    // Falling Edge
                              : (dT0CKI[0] & ~dT0CKI[1]));  // Rising Edge
    end
end

assign T0CKI_Pls = dT0CKI[2]; // T0CKI Pulse out, either FE/RE

//  Tmr0 Clock Source Multiplexer

assign Tmr0_CS = (T0CS ? T0CKI_Pls : CE);

////////////////////////////////////////////////////////////////////////////////
//
// Pre-Scaler Counter

assign Rst_PSC   = (PSA ? WDTClr : WE_TMR0) | Rst;
assign CE_PSCntr = (PSA ? WDT_TC : Tmr0_CS);

always @(posedge Clk)
begin
    if(Rst_PSC)
        PSCntr <= #1 8'b0;
    else if (CE_PSCntr)
        PSCntr <= #1 PSCntr + 1;
end

//  Prescaler Counter Output Multiplexer

always @(*)
begin
    case (PS)
        3'b000 : PSC_Out <= PSCntr[0];
        3'b001 : PSC_Out <= PSCntr[1];
        3'b010 : PSC_Out <= PSCntr[2];
        3'b011 : PSC_Out <= PSCntr[3];
        3'b100 : PSC_Out <= PSCntr[4];
        3'b101 : PSC_Out <= PSCntr[5];
        3'b110 : PSC_Out <= PSCntr[6];
        3'b111 : PSC_Out <= PSCntr[7];
    endcase
end

// Prescaler Counter Rising Edge Detector

always @(posedge Clk)
begin
    if(POR)
        dPSC_Out <= #1 0;
    else begin
        dPSC_Out[0] <= #1 PSC_Out;
        dPSC_Out[1] <= #1 PSC_Out & ~dPSC_Out[0];
    end
end

assign PSC_Pls = dPSC_Out[1];

////////////////////////////////////////////////////////////////////////////////
//
// Tmr0 Counter/Timer

assign CE_Tmr0 = (PSA ? Tmr0_CS : PSC_Pls);

always @(posedge Clk)
begin
    if(POR)
        TMR0 <= #1 0;
    else if(WE_TMR0)
        TMR0 <= #1 DO;
    else if(CE_Tmr0)
        TMR0 <= #1 TMR0 + 1;
end

endmodule